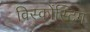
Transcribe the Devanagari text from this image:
विस्कोंस्टिग